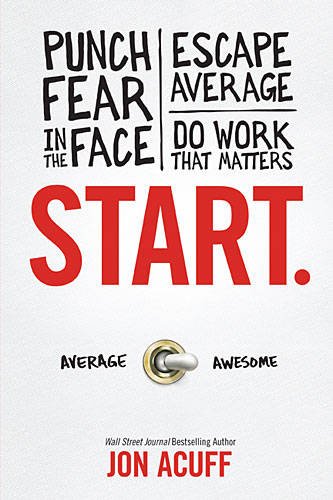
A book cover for Start: Punch Fear in the Face, Escape Average and Do Work that Matters; Jon Acuff; Business & Money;